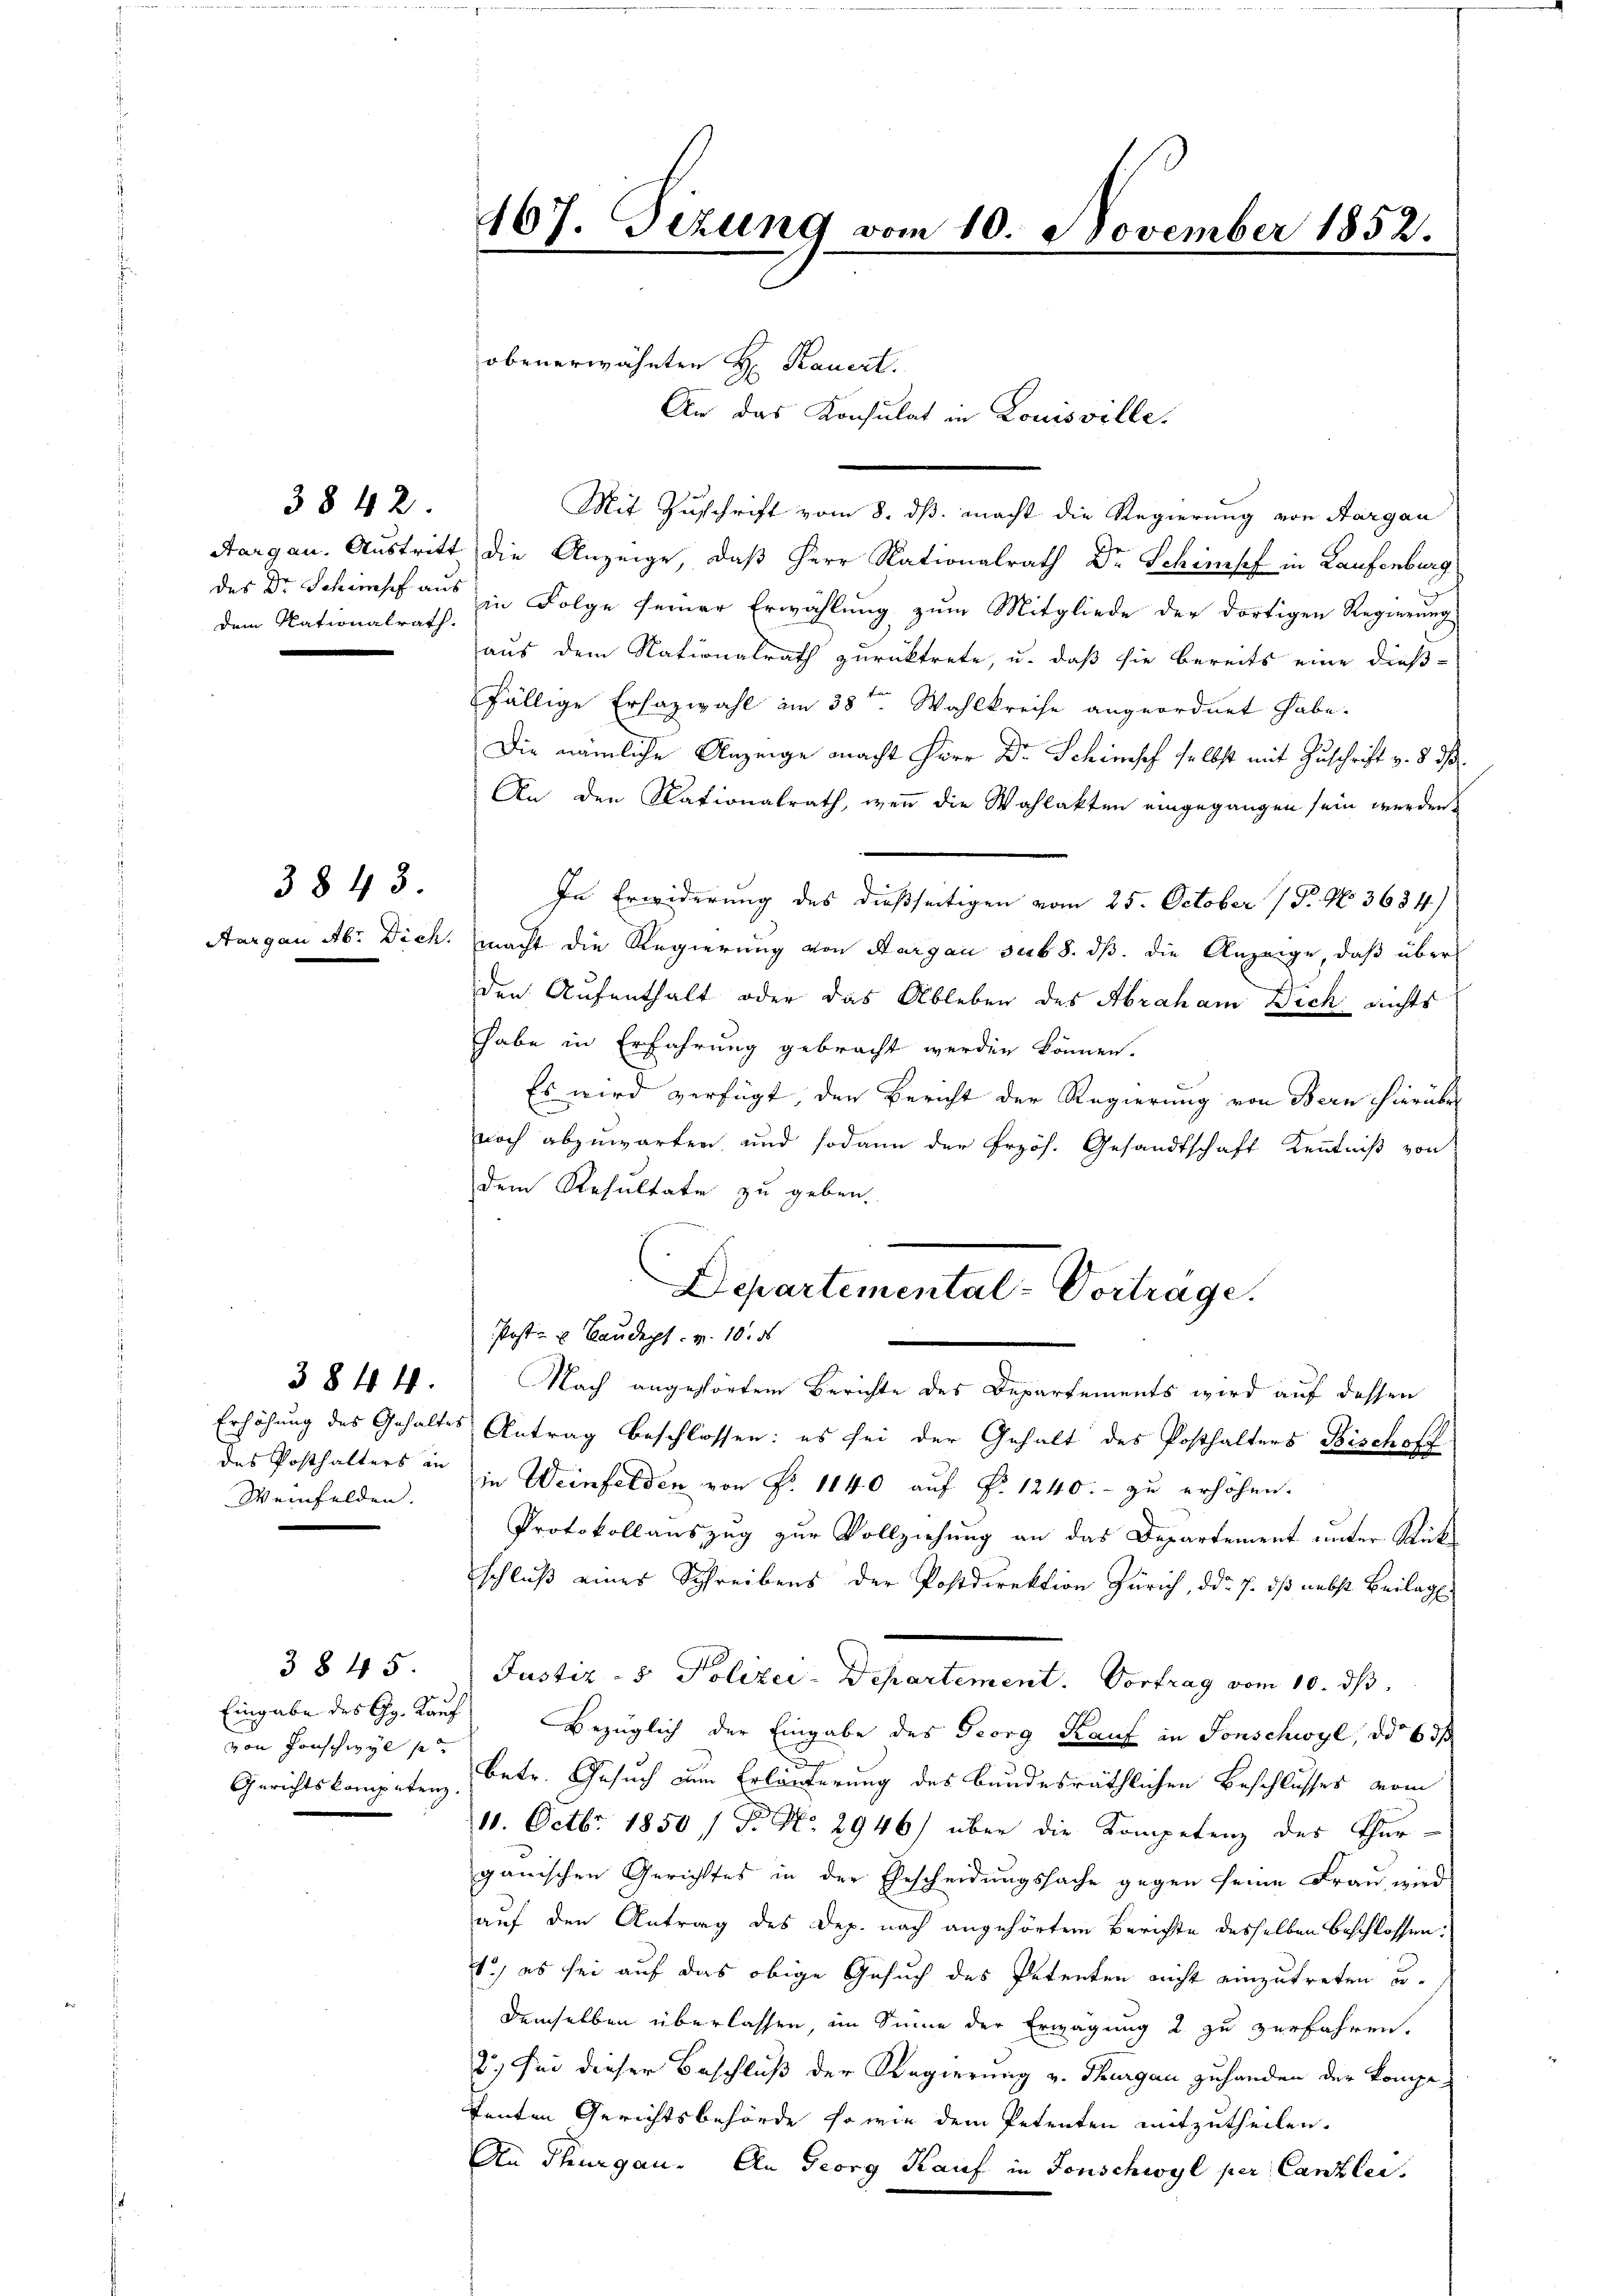
dem Nationalrath.

3842

3843.

3844.
Weinfelden.

von Honschwyl se

3845

467. Sizung vom 10. November 1852.

Mit Zuschrift vom 8. ds. macht die Regierung von Aargau
Aargau. Austritt die Anzeige, daß Herr Nationalrath Dr Schinzsef in Laufenburg
der Dr. Schimpf aus in Folge seiner Erwählung zum Mitgliede der dortigen Regierung
aus dem Nationalrath zurücktrete, u. daß sie bereits eine dießfällige Erhazwahl am 38ten Wahlkreise angeordnet habe.
Die nämliche Anzeige macht Herr Dr. Schinisch selbst mit Zuschrift v. 8. d.
An den Nationalrath, wenn die Wahlakten eingegangen sein werden.
In Erwiderung des dießseitigen vom 25. October 1. No 3684.)
Aargau Ab. Dich. macht die Regierung von Aargau sub 8. dß. die Anzeige, daß über
den Aufenthalt oder das Ableben des Abraham Dich nichts
habe in Erfahrung gebracht werden können.
Es wird verfügt, den Bericht der Regierung von Bern hierüber
noch abzuwarten, und sodann der Frzös. Gesandtschaft Kenntniß von
dem Resultate zu geben.
Departemental-Vortrage.
Post- u Baudept. v. 10. d
Nach angehörten Berichte des Departements wird auf dessen
Erhöhung des Gehaltes Antrag beschlossen: es sei der Gehalt des Posthalters Bischoff
des Posthalters in in Weinfelden von Fr. 1140 auf Fr. 1240.- zu erhöhen.
Protokollauszug zur Vollziehung an das Departement unter Rückschluß eines Schreibens der Postdirektion Zürich, ddo. 7. dß nebst Beilag
Justiz- & Polizei-Departement. Vortrag vom 10. d.
Eingabe des Gg. Kauf Bezüglich der Eingabe des Georg Kauf in Sonschwyl, ddo 63 f
Gerichtskompetenz betr. Gesuch am Erläuterung des Bundesräthlichen Beschlusses vom
10. Octbr. 1850 / P. Nr. 2946) über die Kompetenz des Thurganischen Gerichttes in der Gescheidungssache gegen seine Frau wird
auf den Antrag des Dep. nach angehörtem Berichte desselben beschlossen:
1.) es sei auf das obige Gesuch des Petenten nicht einzutreten u.
demselben überlassen, im Sinne der Erwägung 2 zu zerfahren.
2.) Sei dieser Beschluß der Regierung v. Thurgau zuhanden der Kompe¬
Tanten Gerichtsbehörde sowie dem Petenten mitzutheilen.
An Thurgau. An Georg Kauf in Fonschwyl per Canzlei.

obenerwähnten H. Bauert.

An das Konsulat in Louisville.